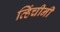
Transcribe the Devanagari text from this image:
व्हिंचीनी